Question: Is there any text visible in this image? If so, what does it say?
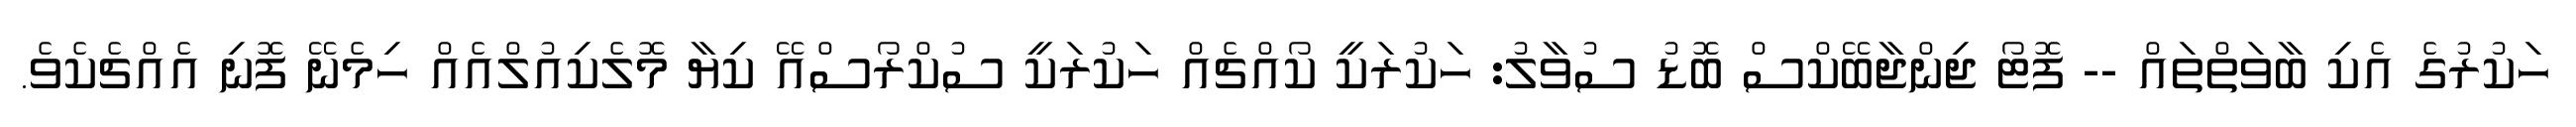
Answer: ހަކުރުގެ އެކި ބާވަތްތައް -- ފޮޓޯ ޖިންޖާބޭކްސް ބޮޑު ސުވާލު: ހަކުރަކީ ކޯއްޗެއް ހަކުރަކީ ސުކްރޯސްއޭ ކިޔާ މޮލެކިއުލްއެއް ހިމެނޭ ފޮނި އެއްޗެކެވެ.